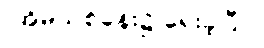
(အိမ်သစ်ခန်း၌ ရေးခဲ့ပြီ။)